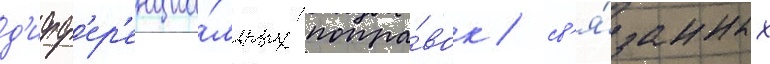
д'ифф'ер'енциа́льных попра́вок / св'я́занных